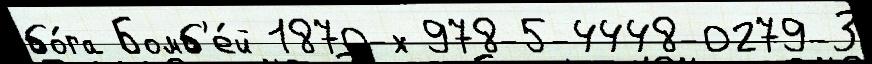
бо́га Бомб'е́й 1870-х 978-5-4448-0279-3